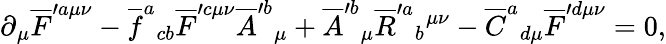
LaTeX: \partial{}_{\mu}\overline{{{F}}}^{\prime a\mu\nu}-\overline{{{f}}}^{a}{}_{cb}\overline{{{F}}}^{\prime c\mu\nu}\overline{{{A}}}^{\prime b}{}_{\mu}{}+\overline{{{A}}}^{\prime b}{}_{\mu}\overline{{{R}}}^{\prime a}{}_{b}{}^{\mu\nu}-\overline{{{C}}}^{a}{}_{d\mu}\overline{{{F}}}^{\prime d\mu\nu}=0,